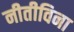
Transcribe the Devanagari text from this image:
नीतीविना